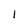
Character: l